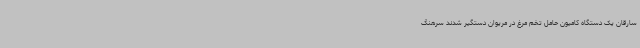
سارقان یک دستگاه کامیون حامل تخم مرغ در مریوان دستگیر شدند سرهنگ